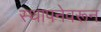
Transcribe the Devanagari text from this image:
स्थापनेवरून